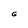
Character: 6